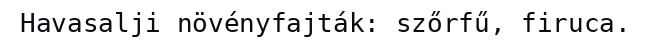
Havasalji növényfajták: szőrfű, firuca.